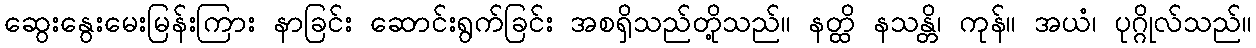
ဆွေးနွေးမေးမြန်းကြား နာခြင်း ဆောင်းရွက်ခြင်း အစရှိသည်တို့သည်။ နတ္ထိ နသန္တိ၊ ကုန်။ အယံ၊ ပုဂ္ဂိုလ်သည်။